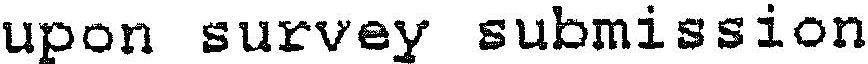
UPON SURVEY SUBMISSION